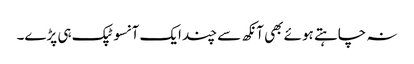
نہ چاہتے ہوئے بھی آنکھ سے چند ایک آنسو ٹپک ہی پڑے۔